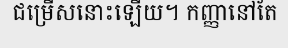
ជម្រើសនោះឡើយ។ កញ្ញានៅតែ